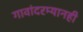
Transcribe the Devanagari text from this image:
गावांदरम्यानही